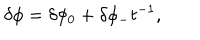
\delta \phi = \delta \phi _ { 0 } + \delta \phi _ { - } t ^ { - 1 } ,